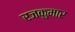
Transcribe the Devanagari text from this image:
रजकुमार